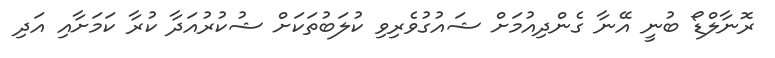
ރޮނާލްޑޯ ބުނީ އޭނާ ގެންދިއުމަށް ޝައުގުވެރިވި ކުލަބުތަކަށް ޝުކުރުއަދާ ކުރާ ކަމަށާއި އަދި